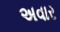
અવાર